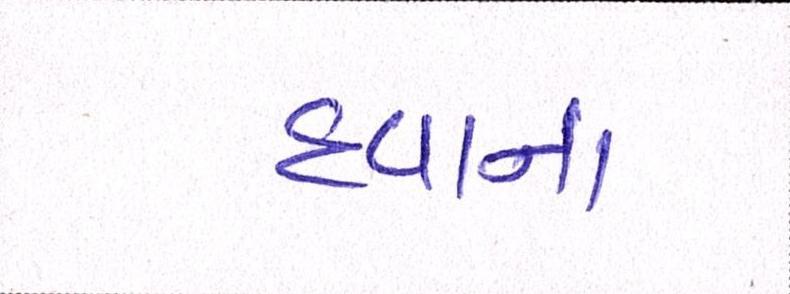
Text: દવાનાં